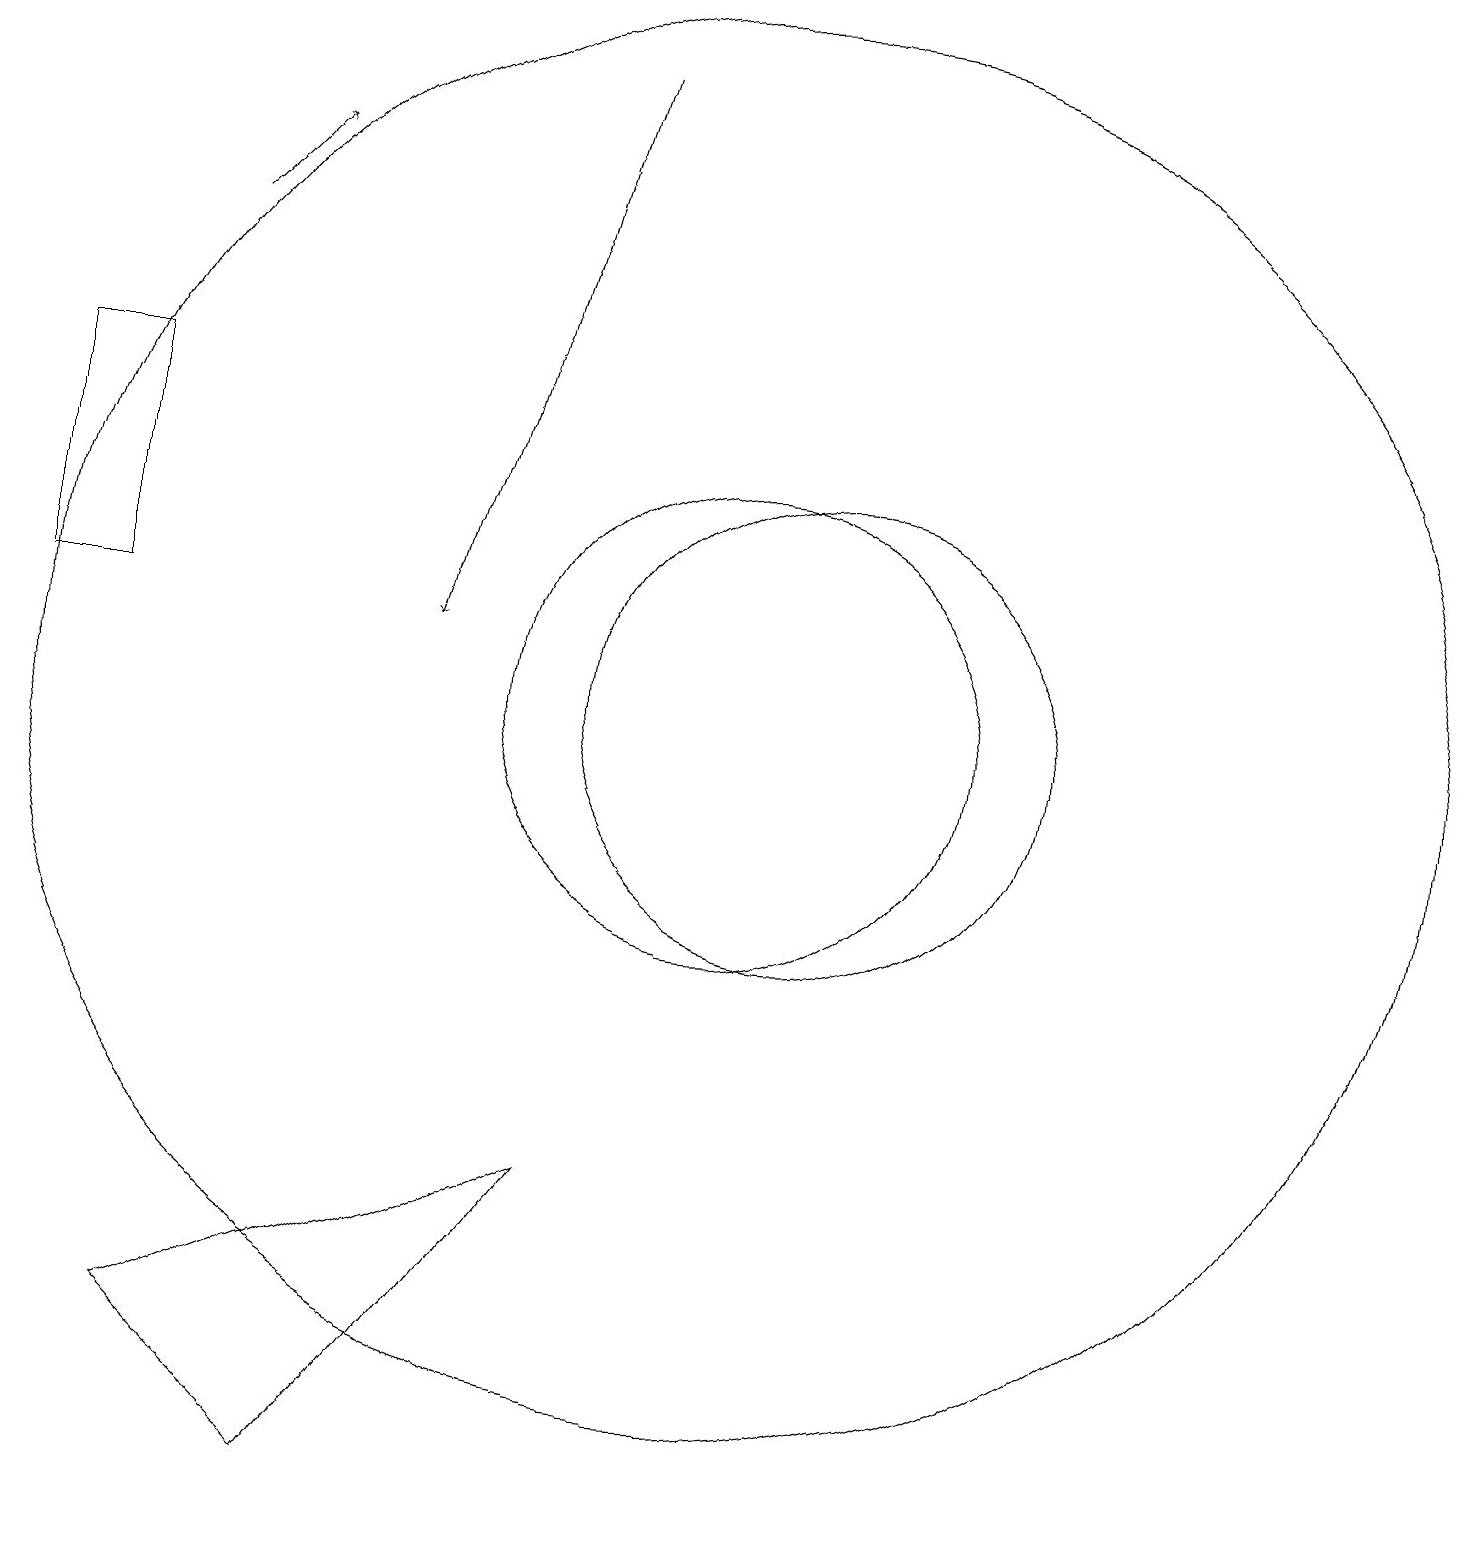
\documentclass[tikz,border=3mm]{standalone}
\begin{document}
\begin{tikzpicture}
\draw (1,12) rectangle (2,15);
\draw[->] (3,17) -- (4,18);
\draw (5,1) -- (8,5) -- (3,3) -- cycle;
\draw (11,11) circle (3);
\draw[->] (8,19) -- (6,12);
\draw (10,11) circle (9);
\draw (10,11) circle (3);
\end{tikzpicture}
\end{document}